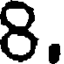
8.